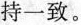
持一致。